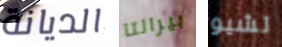
الديانة بيرالتا تشيو